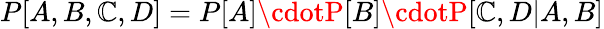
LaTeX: P[A,B,\mathbb{C},D]=P[A]\cdotP[B]\cdotP[\mathbb{C},D|A,B]